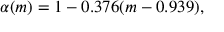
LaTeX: \alpha ( m ) = 1 - 0 . 3 7 6 ( m - 0 . 9 3 9 ) ,